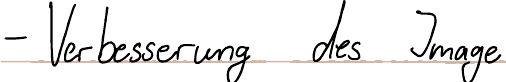
- Verbesserung des Image